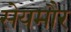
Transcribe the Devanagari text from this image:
सेयमौर